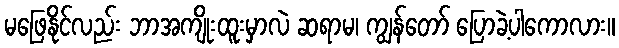
မဖြေနိုင်လည်း ဘာအကျိုးထူးမှာလဲ ဆရာမ၊ ကျွန်တော် ပြောခဲ့ပါကောလား။